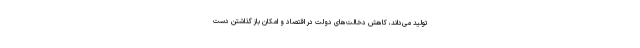
تولید می‌داند، کاهش دخالت‌های دولت در اقتصاد و امکان باز گذاشتن دست